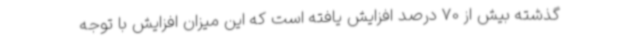
گذشته بیش از 70 درصد افزایش یافته است که این میزان افزایش با توجه